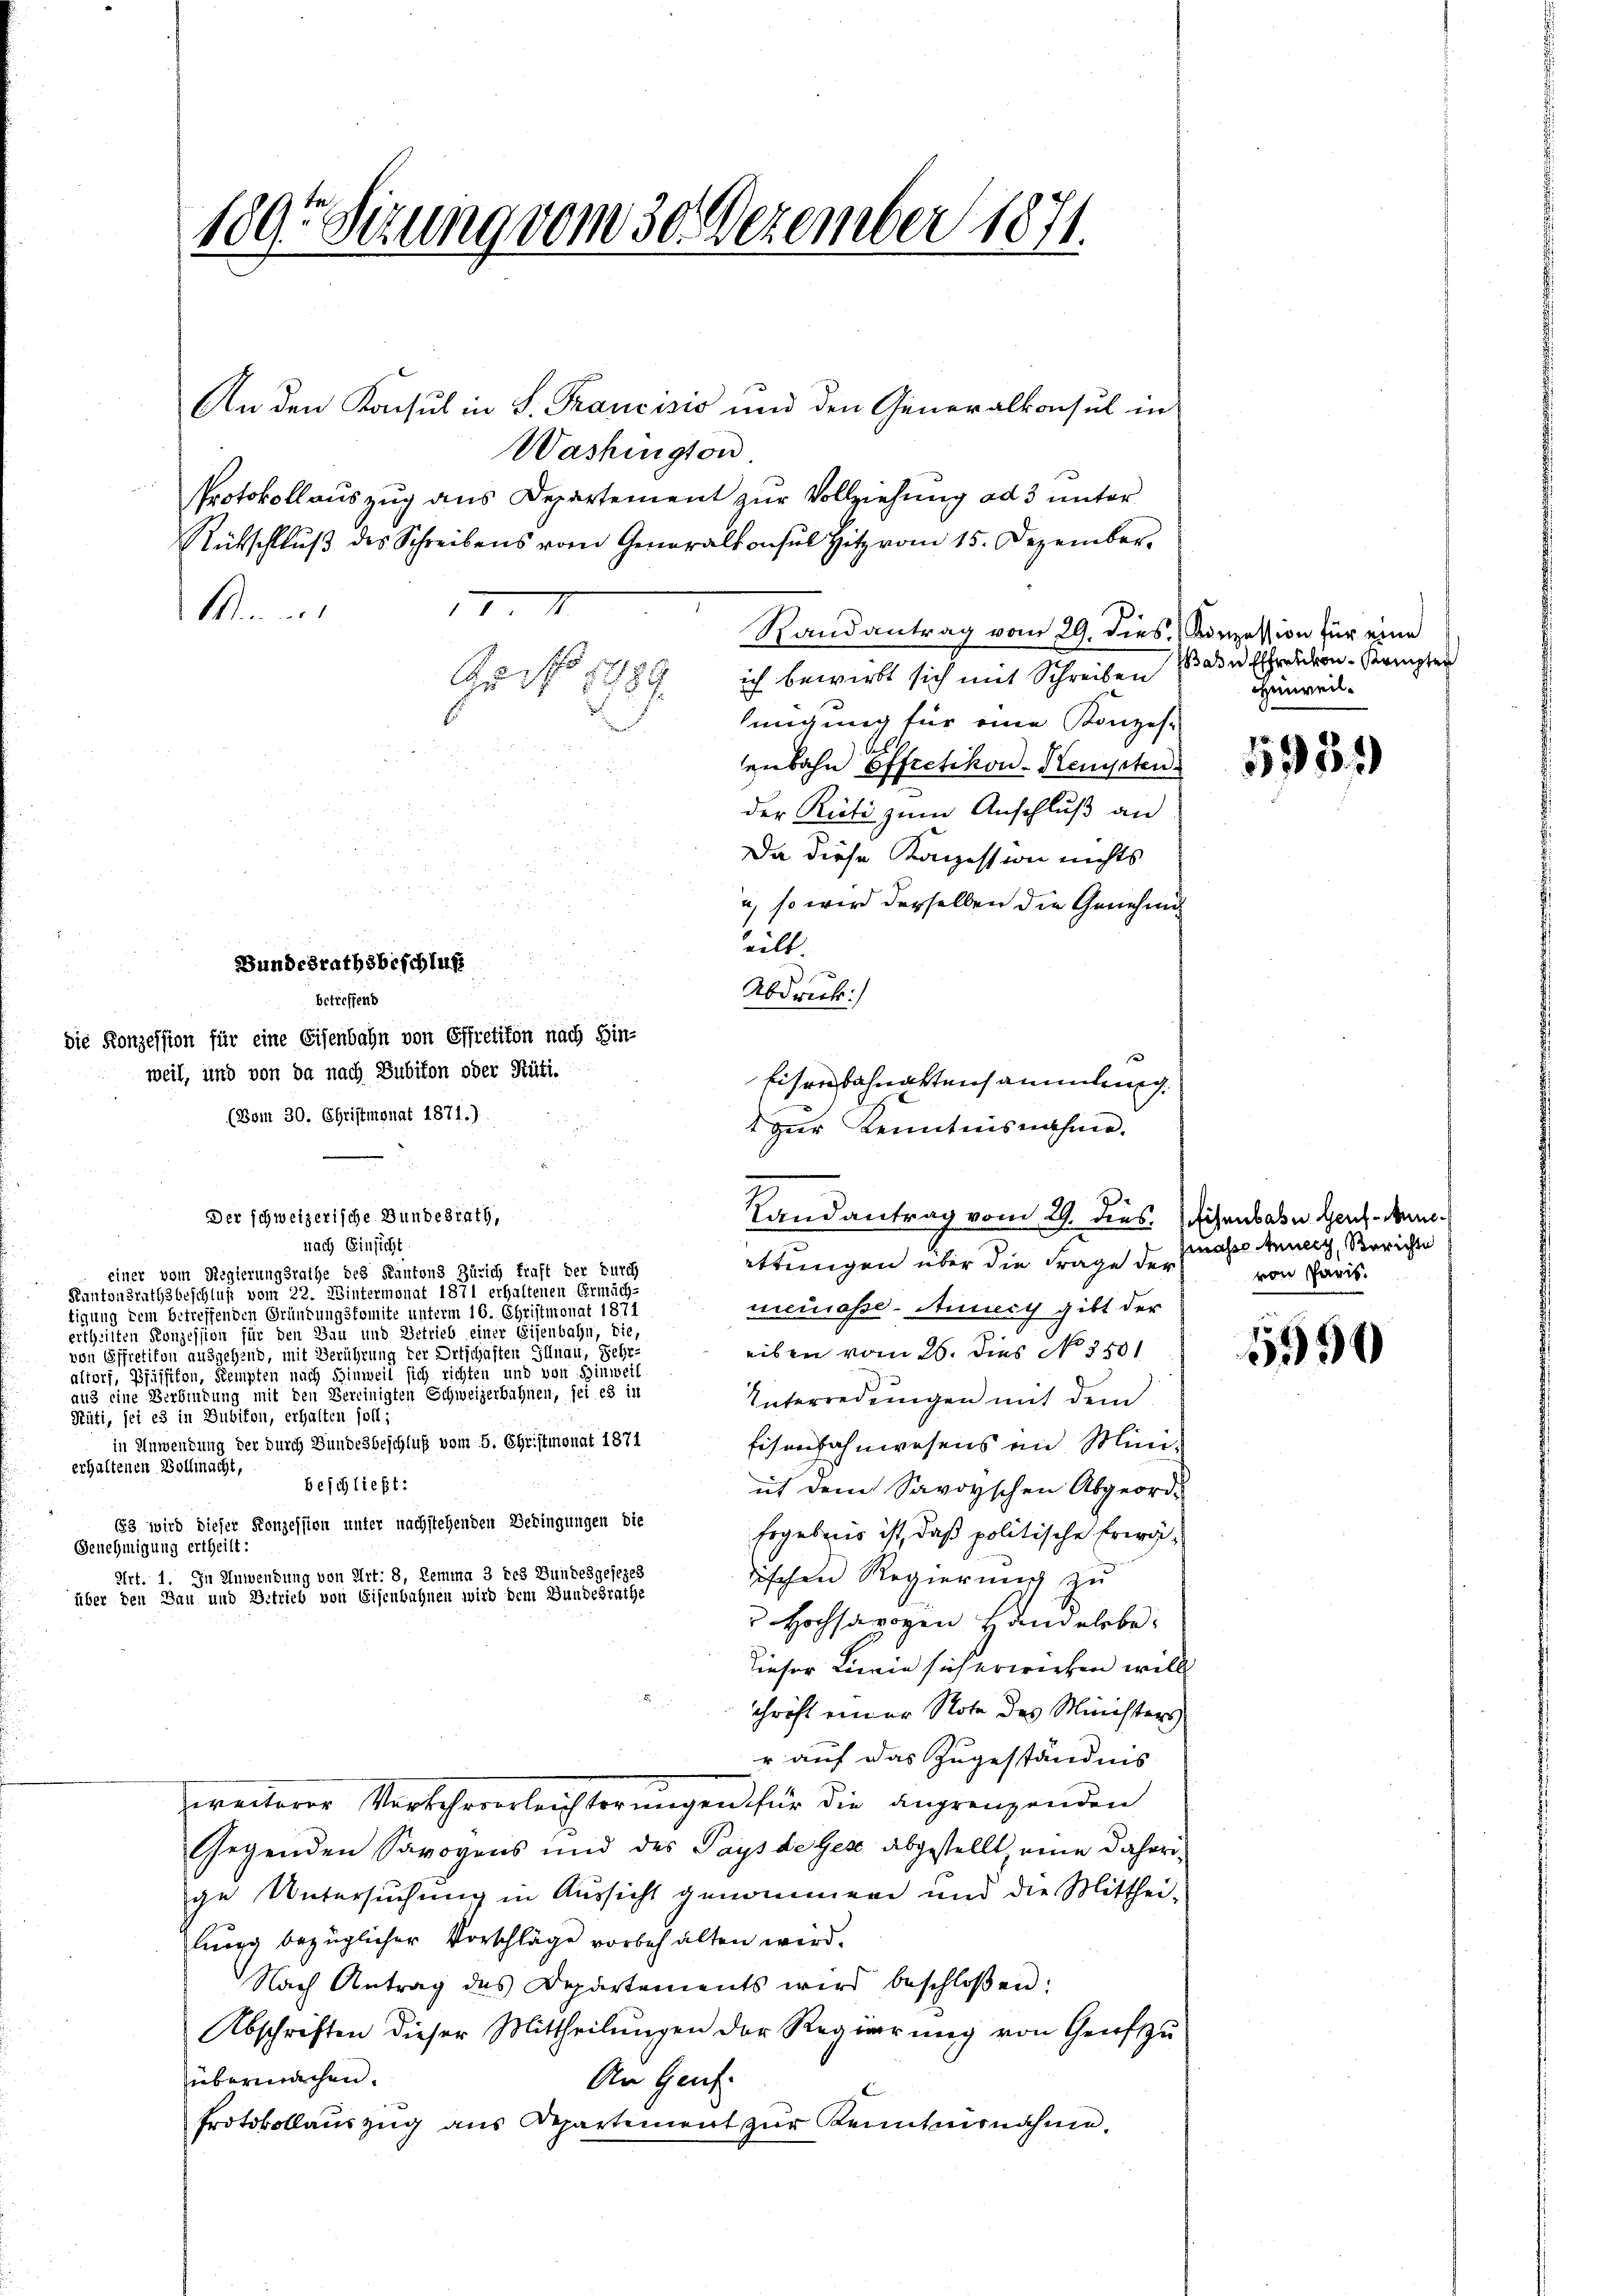
An den Konsul in S. Francisio und den Generalkonsul in
Washington
Protokollauszug aus Departement zur Vollziehung ad 3 unter
Rütschlŭβ des Schreibens vom Generalkonsul Hitz vom 15. Dezember
1 I
Miner
h
Au 17. 1889

1895 Stzung vom 30. Dezember 1871.

(Bom 30. Christmonat 1871.)

Der schweizerische Bundesrath,

ich bewirkt sich mit Schreiben
hmigung für eine Konzes-
enbahn Effretikon - Kempten.
der Ricti zum Anschluß an
Da diese Konzession nichts
u, so wird derselben die Genehmi
eilt
Bundesrathsbeschluß
.
Abdruck:
betreffend
die Konzession für eine Eisenbahn von Effretikon nach Ein-
weil, und von da nach Subikon oder Rüti.
Eisenbahnaktensammlung.

Randantrag vom 29. dies. Konzession für eine

1 zur Kenntnisnahme.
Landantrag vom 29. dies. Eisenbahn Herzen

nach Einsicht
ittungen über die Frage der
einer vom Regierungsrathe des Kantons Zürich kraft der Durch
Kantonsrathsbeschluß vom 22. Wintermonat 1871 erhaltenen Ermäch-
neurasse - Anneich gibt der
tigung dem betreffenden Gründungsfomite unterm 16. Christmonat 1871
ertheilten Konzession für den Bau und Betrieb einer Eisenbahn, die
eiben vom 26. Dies No 3501
von Effretikon ausgehend, mit Berührung der Ortschäften Illnau, Sehr-
altorf Pfäffikon, Kempten nach Hinweil sich richten und von Hinweil
aus eine Verbindung mit den Bereinigten Schweizerbahnen, sei es in
Interredungen mit dem
Rüti, sei es in Bubikon, erhalten soll?
in Anwendung der durch Bundesbeschluß vom 5. Christmonat 1871
Eisenbahnwesens in Minerhaltenen Vollmacht,
beschließt:
ut dem Savoyischen Abgeord-
63 wird dieser Konzession unter nachstehenden Bedingungen die
Ergebens ist, daß politische Erwä¬
Genehmigung ertheilt:
Art. 1. In Anwendung von Art. 8, Lemma 3 des Bundesgesezes
dischen Regierung zu
über den Bau und Betrieb von Eisenbahnen wird dem Bundesrathe
 Hochsarogen Handelsbe-
dieser Linie sich erwieben will
chrift einer Note des Ministers
r auf das Zugeständnis
zweiterer Verkehrererleichterungen für die angrenzenden
Gegenden Savoyens und des Pays de Gese abgestellt eine daherige Untersuchung in Aussicht genommen und die Mitthei-
lung bezüglicher Vorschläge vorbehalten wird.
Nach Antrag des Departements wird beschloßen:
Abschriften dieser Mittheilŭngen der Regierŭng von Genfŭ
übermachen.
An Genf.
Protokollauszug aus Departement zur Kenntnisnahme.

asn Effretion Kempte
Hinweil.

1931)

masse Merz, Berichte
von Paris.

5990